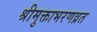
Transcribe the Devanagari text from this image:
श्रीमुक्ताभरणव्रत